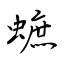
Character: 蟅